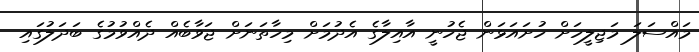
މައްސަލަ މަޖިލީހަށް ހުށައަޅަން ޖެހުނީ އާއިލާގެ އެދުމަށް މިހާތަނަށް ޖަވާބެއް ދެއްވުމުގެ ބަދަލުގައި